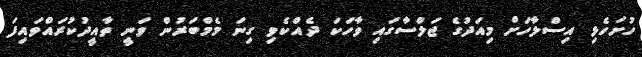
ހުށަހެޅި އިސްލާހަށް މިއަދުގެ ޖަލްސާގައި ވާހަކަ ދެއްކެވި ގިނަ މެމްބަރުން ވަނީ ތާއީދުކުރައްވައިފަ